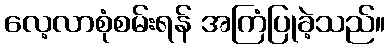
လေ့လာစုံစမ်းရန် အကြံပြုခဲ့သည်။